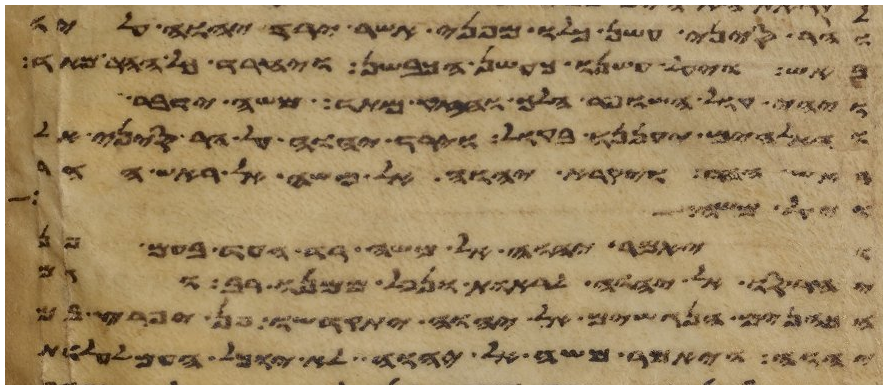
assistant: והר סיני עשן כלו מפני אשר ירד יהוה עליו
באש ויעל עשנו כעשן הכבשן ויחרד כל ההר מאד
ויהי קול השופר הלך וחזק מאד משה ידבר
והאלהים יעננו בקול וירד יהוה על הר סיני אל
ראש ההר ויקרא יהוה אל משה אל ראש ההר
ויאל משה
ויאמר יהוה אל משה רד העד בעם פן
יחרסו אל יהוה לראות ונפל ממנו רב וגם
וגם הכהנים הנגשים אל יהוה יתקדשו פן יפרץ בם
יהוה ויאמר משה אל יהוה לא יוכל העם לעלות